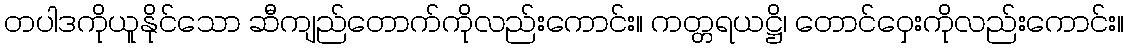
တပါဒကိုယူနိုင်သော ဆီကျည်တောက်ကိုလည်းကောင်း။ ကတ္တရယဋ္ဌိ၊ တောင်ဝှေးကိုလည်းကောင်း။